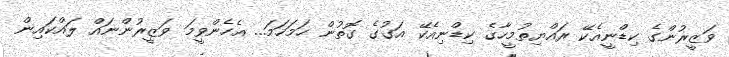
ވަޒީރުންގެ ކިޑްނީއެކޭ ރައްޔިތުމީހާގެ ކިޑްނިއެކޭ އަގުގެ ގޮތުން ހަމަހަމަ... އެހެންވީމަ ވަޒީރުންނައް ލައްކައިން